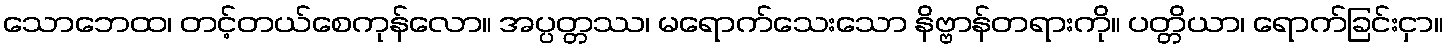
သောဘေထ၊ တင့်တယ်စေကုန်လော။ အပ္ပတ္တဿ၊ မရောက်သေးသော နိဗ္ဗာန်တရားကို။ ပတ္တိယာ၊ ရောက်ခြင်းငှာ။